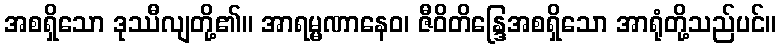
အစရှိသော ဒုဿီလျတို့၏။ အာရမ္မဏာနေဝ၊ ဇီဝိတိန္ဒြေအစရှိသော အာရုံတို့သည်ပင်။